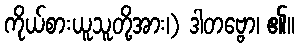
ကိုယ်စားယူသူတို့အား၊) ဒါတဗ္ဗော၊ ၏။